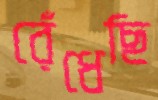
রেঁধেছি